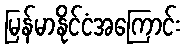
မြန်မာနိုင်ငံအကြောင်း